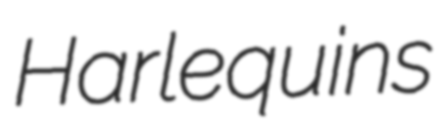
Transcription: Harlequins